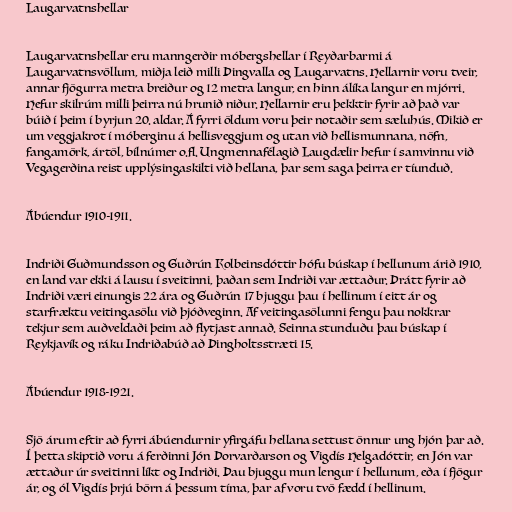
Laugarvatnshellar

Laugarvatnshellar eru manngerðir móbergshellar í Reyðarbarmi á
Laugarvatnsvöllum, miðja leið milli Þingvalla og Laugarvatns. Hellarnir voru tveir,
annar fjögurra metra breiður og 12 metra langur, en hinn álíka langur en mjórri.
Hefur skilrúm milli þeirra nú hrunið niður. Hellarnir eru þekktir fyrir að það var
búið í þeim í byrjun 20. aldar. Á fyrri öldum voru þeir notaðir sem sæluhús. Mikið er
um veggjakrot í móberginu á hellisveggjum og utan við hellismunnana, nöfn,
fangamörk, ártöl, bílnúmer o.fl. Ungmennafélagið Laugdælir hefur í samvinnu við
Vegagerðina reist upplýsingaskilti við hellana, þar sem saga þeirra er tíunduð.

Ábúendur 1910-1911.

Indriði Guðmundsson og Guðrún Kolbeinsdóttir hófu búskap í hellunum árið 1910,
en land var ekki á lausu í sveitinni, þaðan sem Indriði var ættaður. Þrátt fyrir að
Indriði væri einungis 22 ára og Guðrún 17 bjuggu þau í hellinum í eitt ár og
starfræktu veitingasölu við þjóðveginn. Af veitingasölunni fengu þau nokkrar
tekjur sem auðveldaði þeim að flytjast annað. Seinna stunduðu þau búskap í
Reykjavík og ráku Indriðabúð að Þingholtsstræti 15.

Ábúendur 1918-1921.

Sjö árum eftir að fyrri ábúendurnir yfirgáfu hellana settust önnur ung hjón þar að.
Í þetta skiptið voru á ferðinni Jón Þorvarðarson og Vigdís Helgadóttir, en Jón var
ættaður úr sveitinni líkt og Indriði. Þau bjuggu mun lengur í hellunum, eða í fjögur
ár, og ól Vigdís þrjú börn á þessum tíma, þar af voru tvö fædd í hellinum.